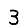
Digit: 3